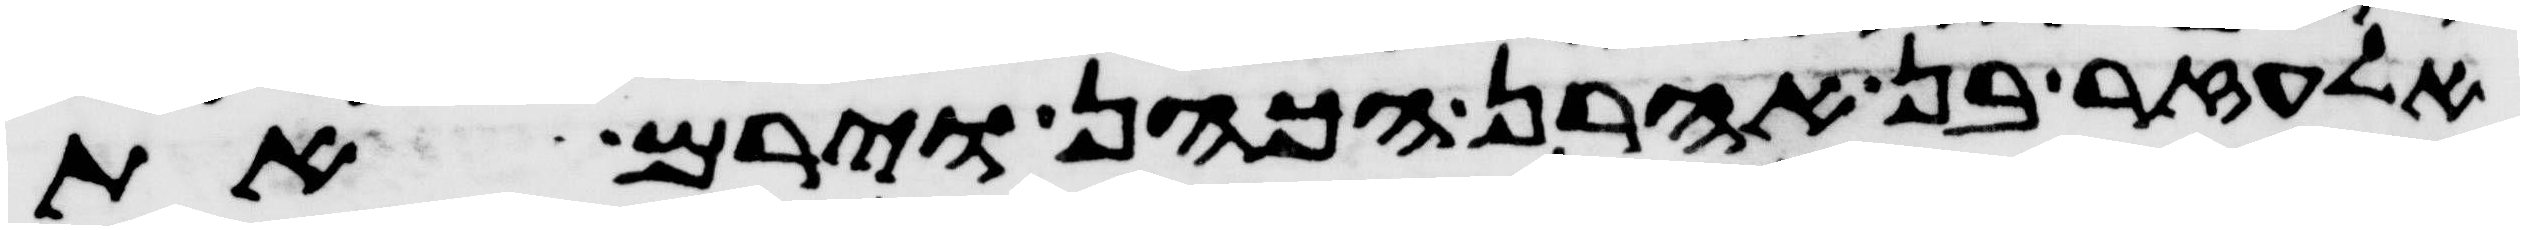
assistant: אלעזר בן אהרן הכהן וירם את